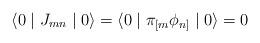
LaTeX: \begin{align*}\langle 0 \mid J_{mn} \mid 0 \rangle = \langle 0 \mid \pi_{[m}\phi_{n]} \mid 0 \rangle = 0\end{align*}